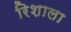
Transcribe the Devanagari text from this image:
रिशाला